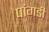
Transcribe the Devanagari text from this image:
पांगडी